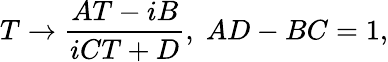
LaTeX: T\rightarrow\frac{AT-iB}{iCT+D},\; AD-BC=1,